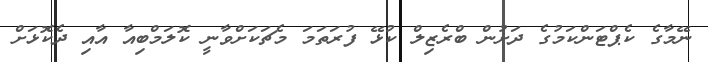
ނޭމާގެ ކެޕްޓަންކަމުގެ ދަށުން ބްރެޒިލް ކުޅޭ ފުރަތަމަ މެޗަކަށްވާނީ ކޮލަމްބިއާ އާއި ދެކޮޅަށް